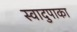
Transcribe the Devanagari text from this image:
स्वादुपाका